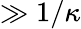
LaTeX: \gg 1/\kappa